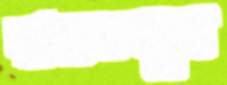
রামতনুর